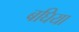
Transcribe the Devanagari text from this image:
बघिया